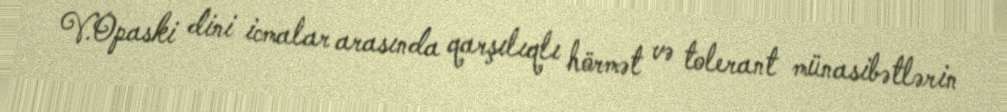
V.Opaski dini icmalar arasında qarşılıqlı hörmət və tolerant münasibətlərin